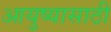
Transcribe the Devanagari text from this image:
आयुष्यासाठी